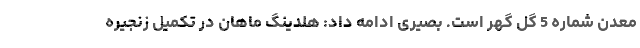
معدن شماره 5 گل گهر است. بصیری ادامه داد: هلدینگ ماهان در تکمیل زنجیره